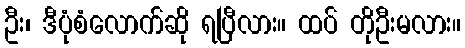
ဦး၊ ဒီပုံစံလောက်ဆို ရပြီလား။ ထပ် တိုဦးမလား။